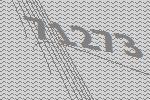
71273